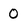
Character: 0